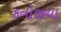
કનોજીયા